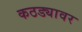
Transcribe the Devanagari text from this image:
कठड्यावर